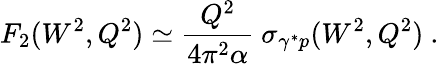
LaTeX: F_{2}(W^{2},Q^{2})\simeq\frac{Q^{2}}{4\pi^{2}\alpha}~\sigma_{\gamma^{*}p}(W^{2},Q^{2})~.